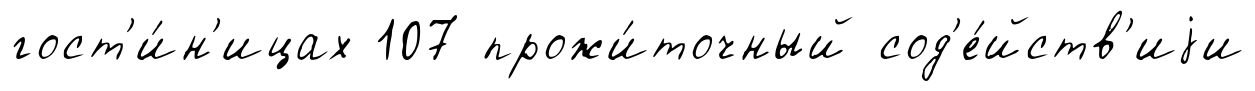
гост'и́н'ицах 107 прожи́точный сод'е́йств'иjи